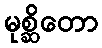
မုစ္ဆိတော